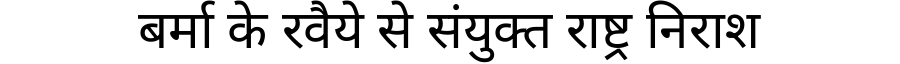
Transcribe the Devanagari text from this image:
बर्मा के रवैये से संयुक्त राष्ट्र निराश